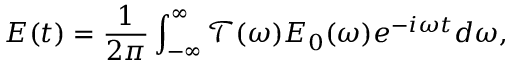
E ( t ) = \frac { 1 } { 2 \pi } \int _ { - \infty } ^ { \infty } \mathcal { T } ( \omega ) E _ { 0 } ( \omega ) e ^ { - i \omega t } d \omega ,